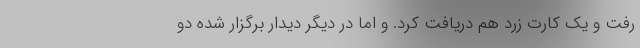
رفت و یک کارت زرد هم دریافت کرد. و اما در دیگر دیدار برگزار شده دو